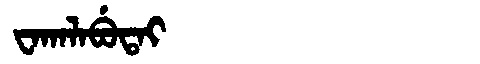
Manchu: ᠸᠠᡴᠠᠯᠠᠪᡠᡨᠠᡳ
Romanization: WAKALABUTAI